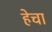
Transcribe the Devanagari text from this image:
हेचा